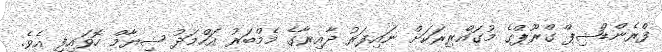
ފްރެންޑްޝިޕް ގްރޫޕްގެ މުގައްރިރަކަށް ނައިފަރު ދާއިރާގެ މެމްބަރު އަހްމަދު ޝިޔާމް ހޮވައިފި އެވެ.